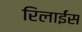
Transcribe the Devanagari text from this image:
रिलाईंस